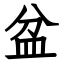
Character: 盆